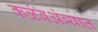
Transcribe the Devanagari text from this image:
कळंबअंब्यात